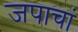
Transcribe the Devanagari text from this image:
जपाचां